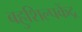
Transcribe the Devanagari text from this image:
बहुशिल्पकेंद्र